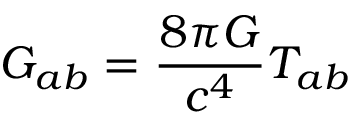
G _ { a b } = { \frac { 8 \pi G } { c ^ { 4 } } } T _ { a b }